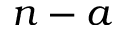
n - a